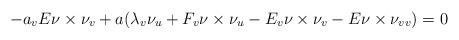
LaTeX: \begin{align*}-a_vE\nu\times\nu_v+a(\lambda_v\nu_u+F_v\nu\times\nu_u-E_v\nu\times\nu_v-E\nu\times\nu_{vv})=0\end{align*}